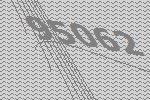
95062